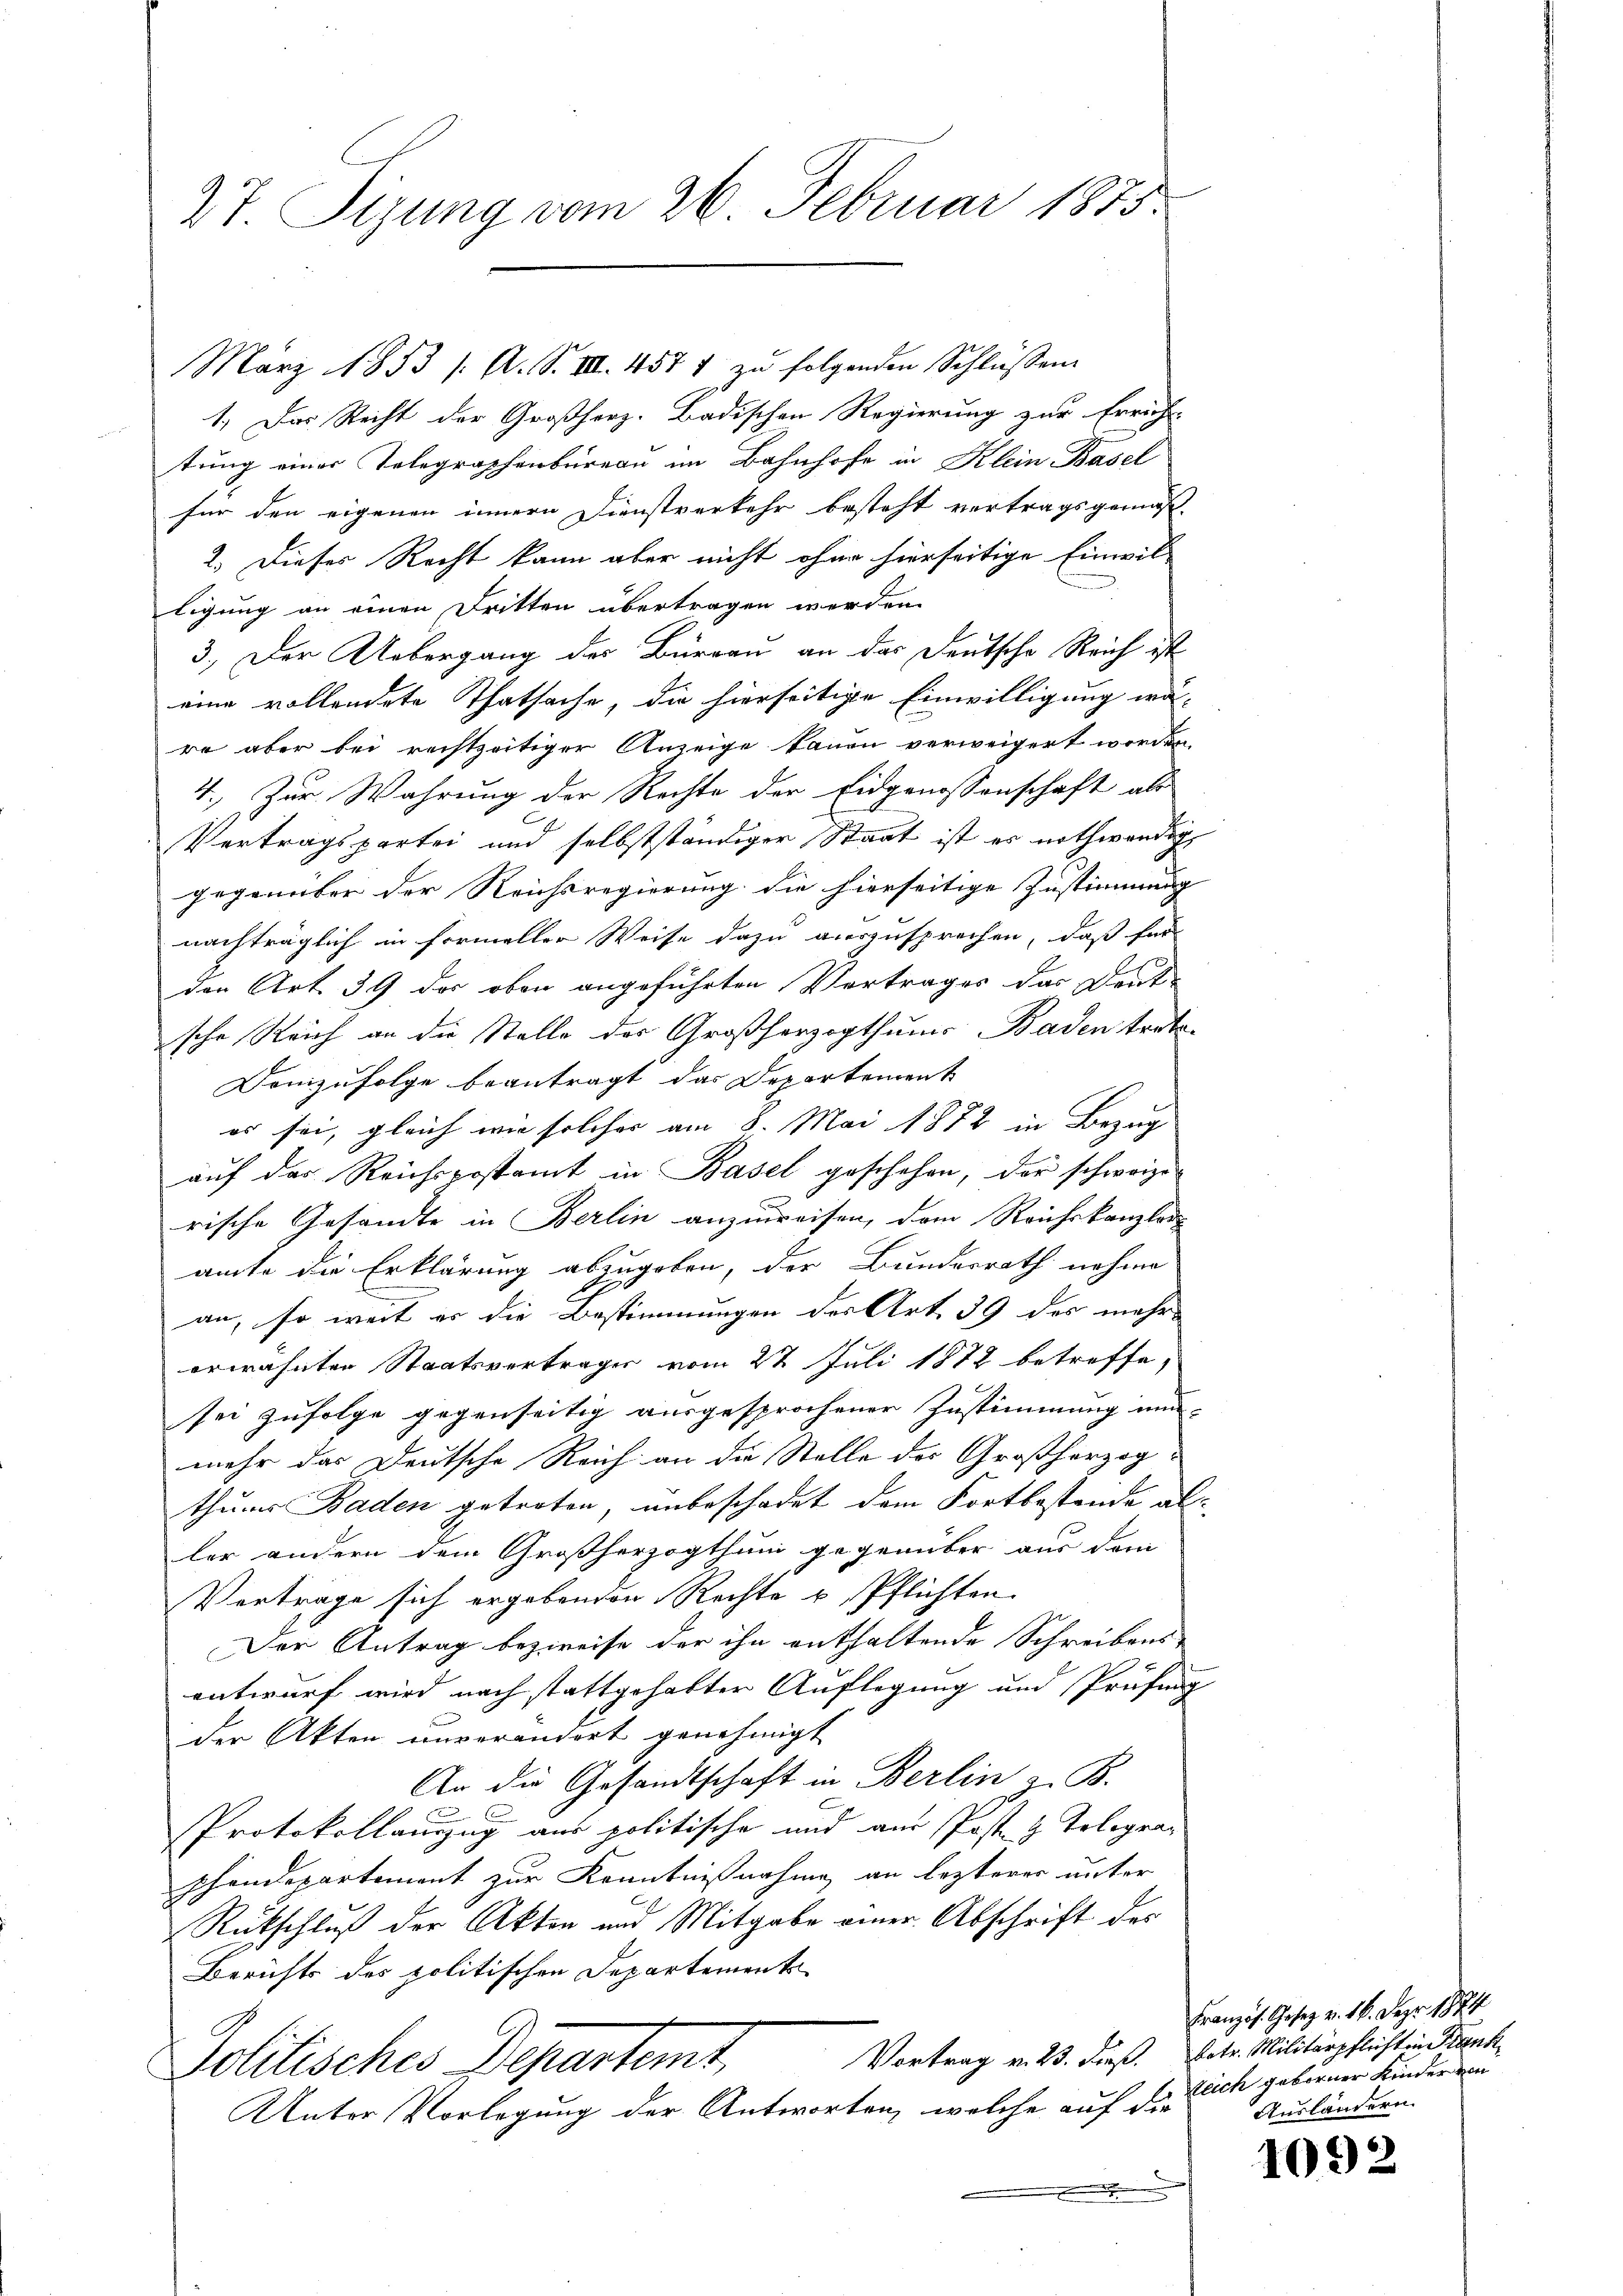
27. Sizung vom 26. Februar 1875.

März 1853 /: A. S. VIII. 457 7 zu folgenden Schlüssen
1. Das Recht der Großherz- Badischen Regierung zur Erricht-
tung einer Telegraphenbureau im Bahnhofe in Klein Basel
für den eigenen innern Dienstverkehr besteht vertragsgemäß¬
2. Dieser Recht kann aber nicht ohne hierseitige Einwil-
ligung an einen Dritten übertragen werden.
3.) Der Uebergang des Burgau an das Deutsche Reich ist
eine vollendete Thatsache, die hierseitige Einwilligung wä-
re aber bei rechtzeitiger Anzeige tauen verweigert worden,
4. Zur Wahrung der Rechte der Eidgenossenschaft als
Vertragspartei und selbstständiger Staat ist es nothwendig
gegenüber der Reichsregierung die hierseitige Zustimmung
nachträglich in formeller Weise dazu auszusprechen, daß für
den Art. 39 des oben angeführten Vertrages das Deut-
sche Reich an die Stelle des Großherzogthums Baden trato-
Demzufolge beantragt das Departement
es sei, gleich wie solches am 8. Mai 1872 in Bezug
auf der Reichspostamt in Basel geschehen, der schweize
rische Gesandte in Berlin anzuweisen, dem Reichskanzlers
amte die Erklärung abzugeben, der Bundesrath nehme
an, so weit er die Bestimmungen des Art 39 des mehr
erwähnten Staatsvertrages vom 22 Juli 1872 betreffe,
sei zufolge gegenseitig ausgesprochener Zustimmung und
mehr das Deutsche Reich an die Stelle des Großherzogthums Baden getreten, unbeschadet dem Fortbestande als
ler andern dem Großherzogthum gegenüber aus dem
Vertrage sich ergebenden Rechte u. Pflichten.
Der Antrag bezweife der ihn enthaltende Schreibens-

entwurf wird nach stattgehabter Auflegung und Prüfung
der Akten unverändert genehmigt
An die Gesandtschaft in Berlin z. B.
E
PProtokollauszug aus politische und aus Post- & Tolograpchendepartement zur Kenntnißnahme an lezterer unter
Rückschluß der Akten und Mitgabe einer Abschrift der
Berichts des politischen Departemente
Vortrag v. 23. dieß. betr. Militärpflicht in Frank
Politisches Departemt,
Unter Vorlegung der Antworten, welche auf die
.

2

Französ. Gesez v. 16. Dez. 1874
leich geborner Kinder von
Ausländern

1092